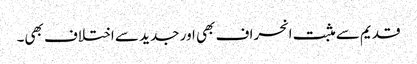
قدیم سے مثبت انحراف بھی اور جدید سے اختلاف بھی۔